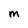
Character: M